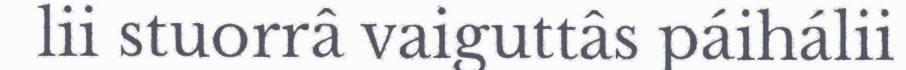
lii stuorrâ vaiguttâs páihálii